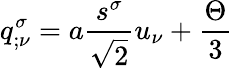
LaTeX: q_{;\nu}^{\sigma}=a\frac{s^{\sigma}}{\sqrt{2}}u_{\nu}+\frac{\Theta}{3}